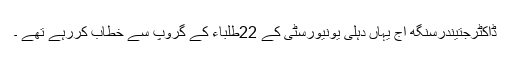
ڈاکٹرجتیندرسنگھ آج یہاں دہلی یونیورسٹی کے 22طلباء کے گروپ سے خطاب کررہے تھے ۔